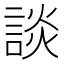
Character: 談